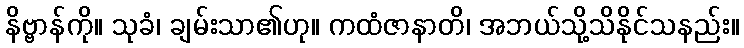
နိဗ္ဗာန်ကို။ သုခံ၊ ချမ်းသာ၏ဟု။ ကထံဇာနာတိ၊ အဘယ်သို့သိနိုင်သနည်း။